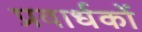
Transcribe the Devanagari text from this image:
प्रवार्धकों